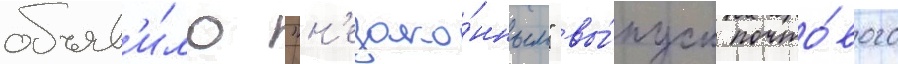
объяв'и́ло "н'езако́нным" вы́пуск почто́вого